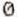
0